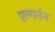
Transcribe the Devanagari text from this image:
एल्गर्नन